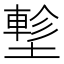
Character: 𡑁